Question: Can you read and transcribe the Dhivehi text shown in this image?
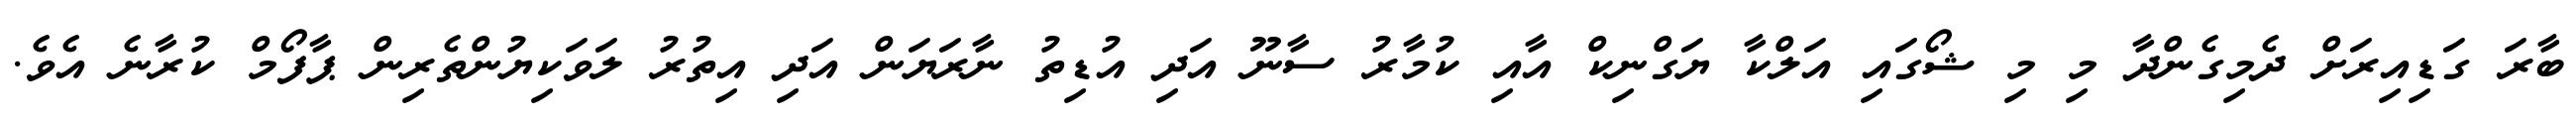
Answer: ބާރަ ގަޑިއިރަށް ދެމިގެންދާ މި މި ޝޯގައި އަލްކާ ޔަގްނިކް އާއި ކުމާރު ސާނޫ އަދި އުޑިތު ނާރަޔަން އަދި އިތުރު ލަވަކިޔުންތެރިން ޕާފޯމް ކުރާނެ އެވެ.